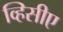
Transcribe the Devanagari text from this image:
व्हिसीए